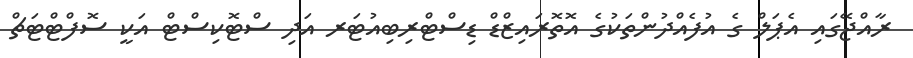
ރާއްޖޭގައި އެޕަލް ގެ އުފެއްދުންތަކުގެ އޮތޮރައިޒްޑް ޑިސްޓްރިބިއުޓަރ އަދި ސްޓޮކިސްޓް އަކީ ސޮފްޓްޓަޗް